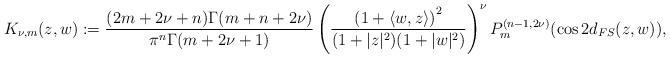
LaTeX: \begin{align*}K_{\nu ,m}(z,w):=\frac{(2m+2\nu +n)\Gamma (m+n+2\nu )}{\pi ^{n}\Gamma(m+2\nu +1)}\left( \frac{\left( 1+\langle w,z\rangle \right) ^{2}}{(1+|z|^{2})(1+|w|^{2})}\right) ^{\nu }P_{m}^{(n-1,2\nu )}(\cos 2d_{FS}(z,w)),\end{align*}